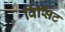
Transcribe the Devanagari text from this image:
विसिट